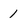
Character: 1